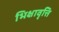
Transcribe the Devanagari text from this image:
भिक्षावृत्ति